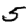
Digit: 5